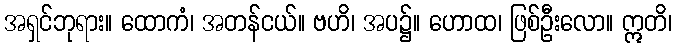
အရှင်ဘုရား။ ထောကံ၊ အတန်ငယ်။ ဗဟိ၊ အပ၌။ ဟောထ၊ ဖြစ်ဦးလော။ ဣတိ၊